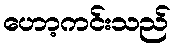
ဟော့ကင်းသည်